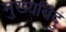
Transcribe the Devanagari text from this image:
मुख्यबिंदु